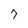
Character: 7